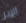
الإبر